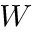
\boldsymbol { W }